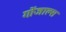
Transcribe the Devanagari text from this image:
गोंजाल्स